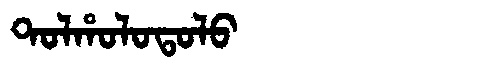
Manchu: ᡨᠣᠯᡥᠣᠯᠣᡨᠣᠯᠣ
Romanization: TOLHOLOTOLO